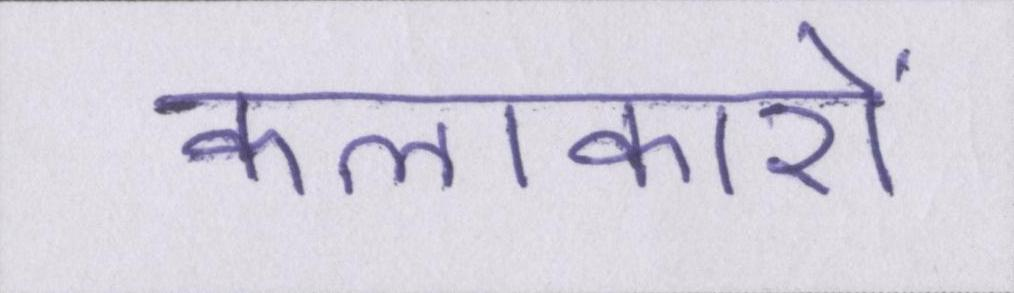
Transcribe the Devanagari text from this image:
कलाकारों